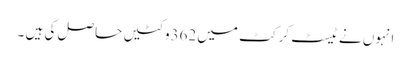
انہوں نے ٹیسٹ کرکٹ میں 362وکٹیں حاصل کی ہیں ۔